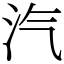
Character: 汽